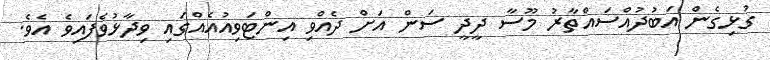
ގުޅިގެން އަބުދުއްސައްތާރު މޫސާ ދީދީ ސަން އަށް ދެއްވި އިންޓަވިއުއެއްގައި ވިދާޅުވެފައިވެ އެވެ.